[Report on the health of British troops in the Madras command]
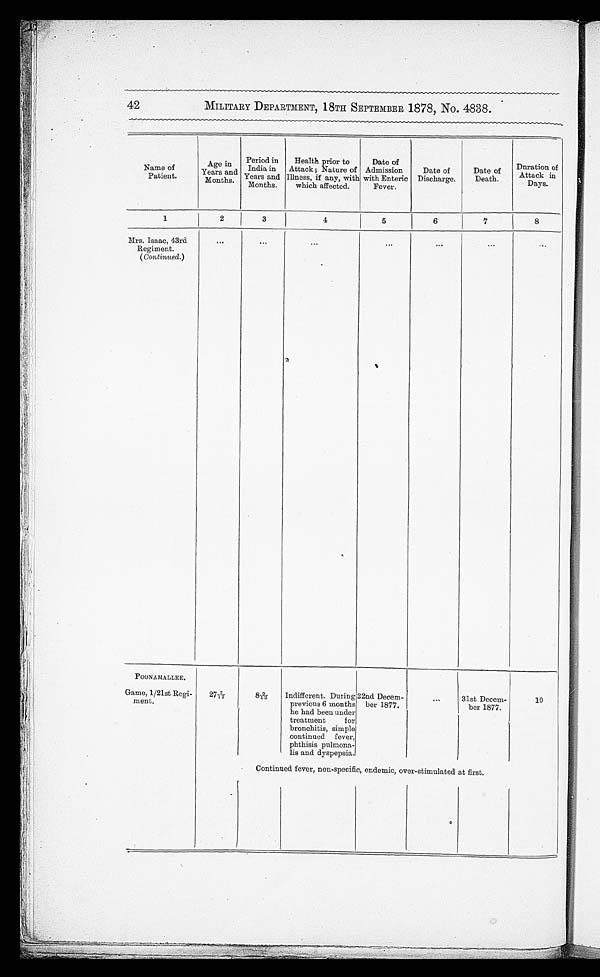
42
MILITARY DEPARTMENT, 18TH SEPTEMBER 1878, No. 4838.
Name of
Patient.
Age in
Years and
Months.
Period in
India in
Years and
Months.
Health prior to
Attack; Nature of
Illness, if any, with
which affected.
Date of
Admission
with Enteric
Fever.
Date of
Discharge.
Date of
Death.
Duration of
Attack in
Days.
1
2
3
4
5
6
7
8
Mrs. Isaac, 43rd
Regiment.
( Continued. )
...
. . .
. . .
. . .
. . .
. . .
. . .
POONAMALLEE.
Game, 1/21st Regi-
ment.
277/12
89/12
I n d i f f e r e n t . D u r i n g p r e v i o u s 6 m o n t h s h e h a d b e e n u n d e r t r e a t m e n t f o r b r o n c h i t i s , s i m p l e c o n t i n u e d f e v e r , p h t h i s i s p u l m o n a - l i s a n d d y s p e p s i a .
22nd Decem-
ber 1877.
...
31st Decem-
ber 1877.
10
Continued fever, non-specific, endemic, over-stimulated at first.